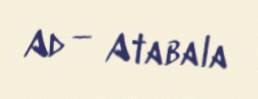
Ad — Atabala